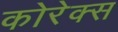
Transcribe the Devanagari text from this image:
कोरेक्स